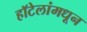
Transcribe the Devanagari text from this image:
हॉटेलांमधून